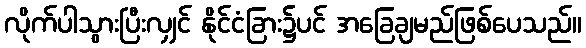
လိုက်ပါသွားပြီးလျှင် နိုင်ငံခြား၌ပင် အခြေချမည်ဖြစ်ပေသည်။